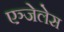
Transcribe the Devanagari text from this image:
एञ्जेलेस